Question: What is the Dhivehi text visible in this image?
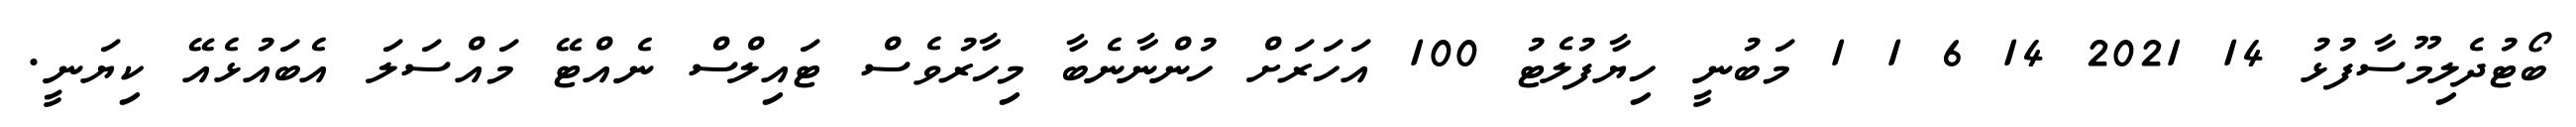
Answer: ބޯޓުދެލިމޫސާފުޅު 14 2021 14 6 1 1 މަބުނީ ހިޔާފުލެޓު 100 އަހަރަށް ހުންނާނެބާ މިހާރުވެސް ޓައިލްސް ނެއްޓޭ މައްސަލަ އެބައުޅެއޭ ކިޔަނީ.